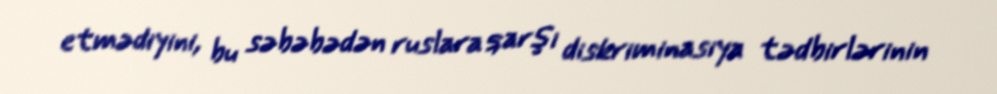
etmədiyini, bu səbəbədən ruslara qarşı diskriminasiya tədbirlərinin